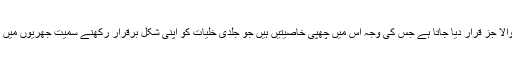
سلفر کو چہرہ روشن کرنے والا جز قرار دیا جاتا ہے جس کی وجہ اس میں چھپی خاصیتیں ہیں جو جلدی خلیات کو اپنی شکل برقرار رکھنے سمیت جھریوں میں کمی لانے میں مدد دیتی ہیں۔